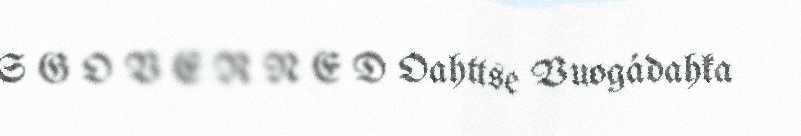
S G O V E R N E D Oahttse Vuogádahka